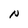
Character: N